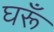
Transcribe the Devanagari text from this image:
घरूँ